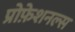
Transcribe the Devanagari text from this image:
प्रोफ़ेशनल्स